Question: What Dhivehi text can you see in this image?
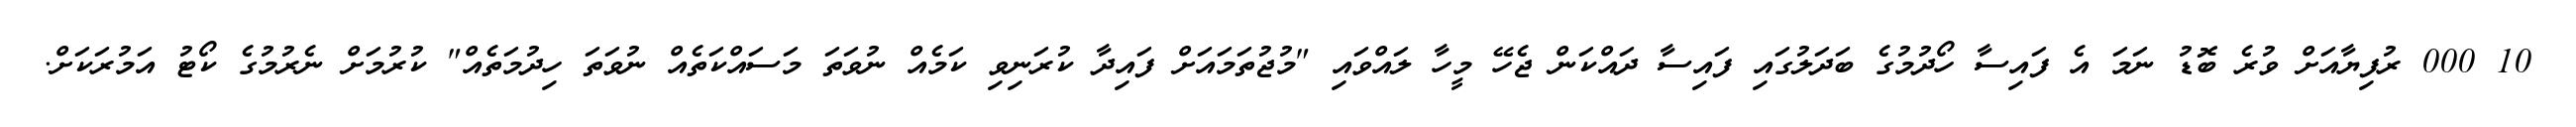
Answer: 10 000 ރުފިޔާއަށް ވުރެ ބޮޑު ނަމަ އެ ފައިސާ ހޯދުމުގެ ބަދަލުގައި ފައިސާ ދައްކަން ޖެހޭ މީހާ ލައްވައި "މުޖުތަމައަށް ފައިދާ ކުރަނިވި ކަމެއް ނުވަތަ މަސައްކަތެއް ނުވަތަ ހިދުމަތެއް" ކުރުމަށް ނެރުމުގެ ކޯޓު އަމުރަކަށް.